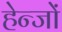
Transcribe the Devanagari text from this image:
हेन्जों